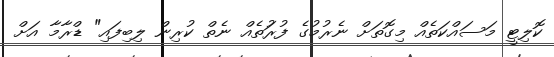
ކޮލިޓީ މަސައްކަތެއް މިގޮތަށް ނެރުމުގެ ފުރުަތެއް ނެތް ކުރިން ލިބިފައި" ޑްރާމާ އަށް